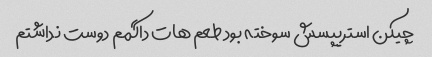
چیکن استریپسش سوخته بود طعم هات داگمم دوست نداشتم